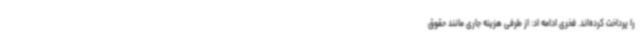
را پرداخت کرده‌اند. فخری ادامه اد: از طرفی هزینه جاری مانند حقوق